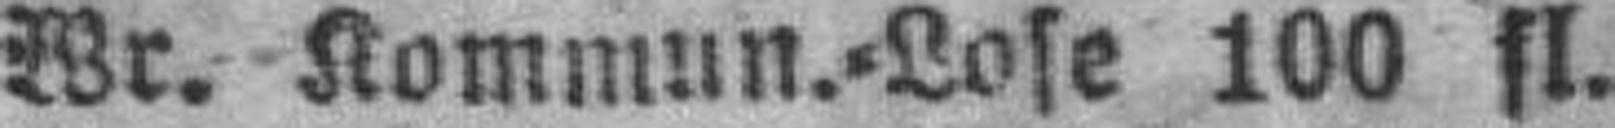
Wr. Kommun.=Lose 100 fl.